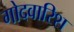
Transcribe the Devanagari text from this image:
गोदवारिश